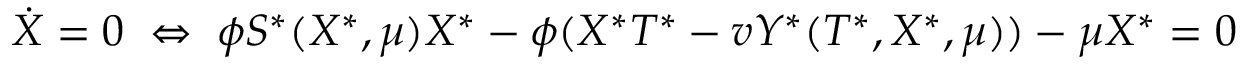
\dot { X } = 0 \; \Leftrightarrow \; \phi S ^ { \ast } ( X ^ { \ast } , \mu ) X ^ { \ast } - \phi ( X ^ { \ast } T ^ { \ast } - v Y ^ { \ast } ( T ^ { \ast } , X ^ { \ast } , \mu ) ) - \mu X ^ { \ast } = 0